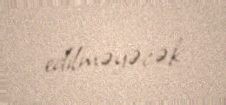
edilməyəcək.